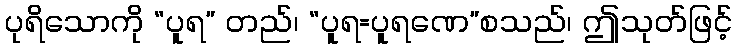
ပုရိသောကို “ပူရ” တည်၊ “ပူရ=ပူရဏေ”စသည်၊ ဤသုတ်ဖြင့်